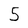
Character: 5